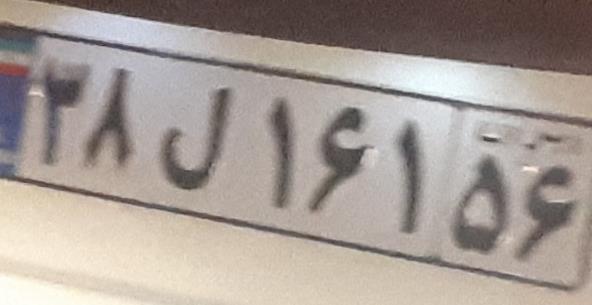
۳۸ل۱۶۱۵۶